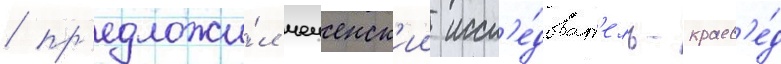
/ пр'едложи́л чеченск'ии иссл'е́доват'ель-краев'е́д